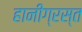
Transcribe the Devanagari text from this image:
हानीग्रस्त